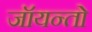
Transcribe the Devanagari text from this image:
जॉयन्तो